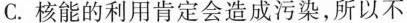
C.核能的利用肯定会造成污染，所以不